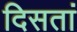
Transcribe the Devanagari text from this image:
दिसतां